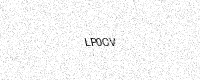
Text: LP0CV